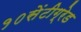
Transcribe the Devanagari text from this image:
१०सेंटीग्रेड